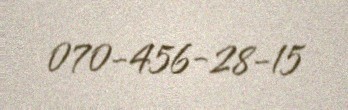
070-456-28-15